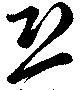
恐